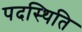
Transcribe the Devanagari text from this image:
पदस्थिति